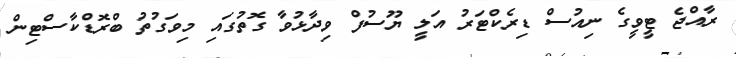
ރާއްޖެ ޓީވީގެ ނިއުސް ޑިރެކްޓަރު އަލީ ޔޫސުފް ވިދާޅުވާ ގޮތުގައި މިވަގުތު ބްރޮޑްކާސްޓިން